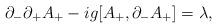
LaTeX: \begin{align*}\partial_-\partial_+A_+ -ig [A_+,\partial_-A_+]=\lambda,\end{align*}